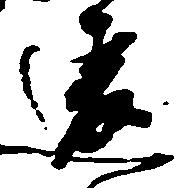
違